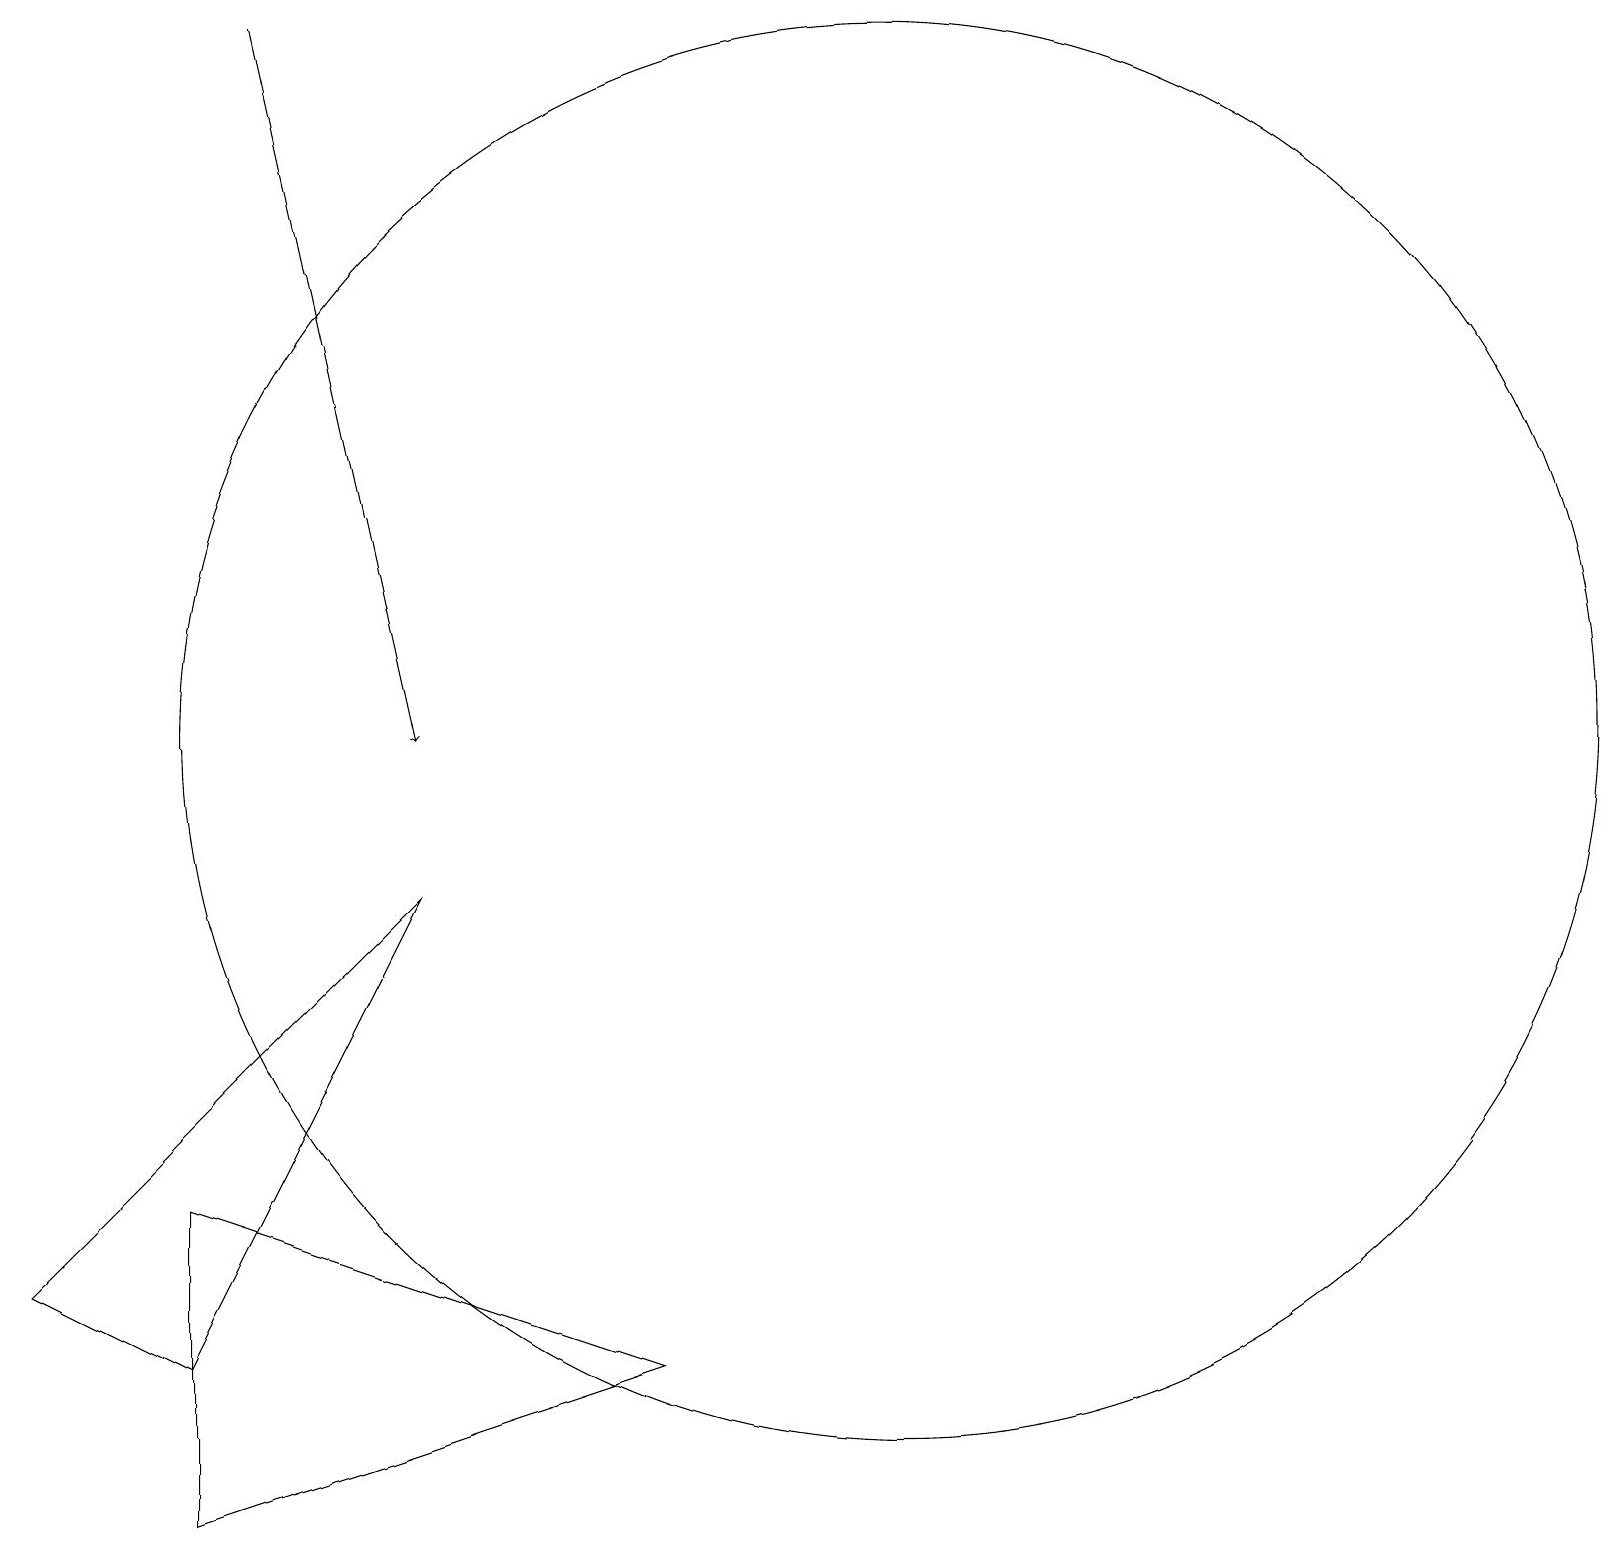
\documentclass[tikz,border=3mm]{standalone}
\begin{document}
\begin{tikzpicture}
\draw[->] (3,19) -- (5,10);
\draw (0,3) -- (5,8) -- (2,2) -- cycle;
\draw (11,10) circle (9);
\draw (2,0) -- (2,4) -- (8,2) -- cycle;
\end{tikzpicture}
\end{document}